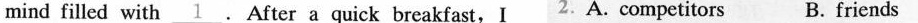
mind filled with\underline{1}. After a quick breakfast,I2、A. Competitors B. Friends